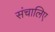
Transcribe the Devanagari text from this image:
संचालिए